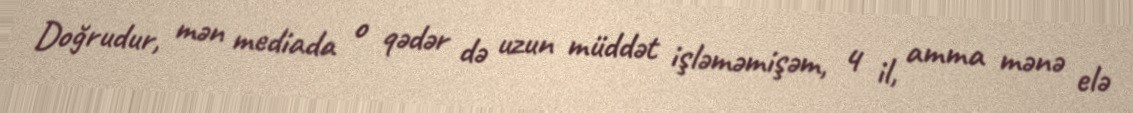
Doğrudur, mən mediada o qədər də uzun müddət işləməmişəm, 4 il, amma mənə elə